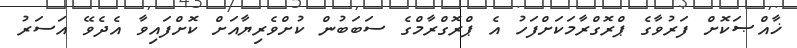
ޚާއްޞަކޮށް ފަރުވާގެ ޕްރޮގްރާމަކަށްފަހު އެ ޕްރޮގްރާމްގެ ސަބަބުން ކުށްވެރިޔާއަށް ކޮށްފައިވާ އެދެވޭ އަސަރު